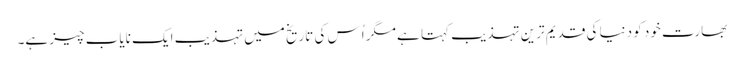
بھارت خود کو دنیا کی قدیم ترین تہذیب کہتا ہے مگر اُس کی تاریخ میں تہذیب ایک نایاب چیز ہے۔